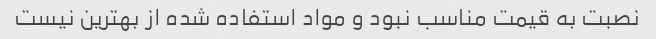
نصبت به قیمت مناسب نبود و مواد استفاده شده از بهترین نیست